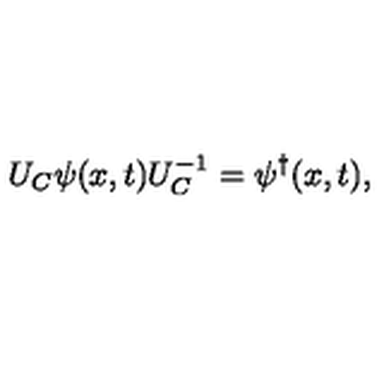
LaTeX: U _ { C } \psi ( x , t ) U _ { C } ^ { - 1 } = \psi ^ { \dagger } ( x , t ) ,